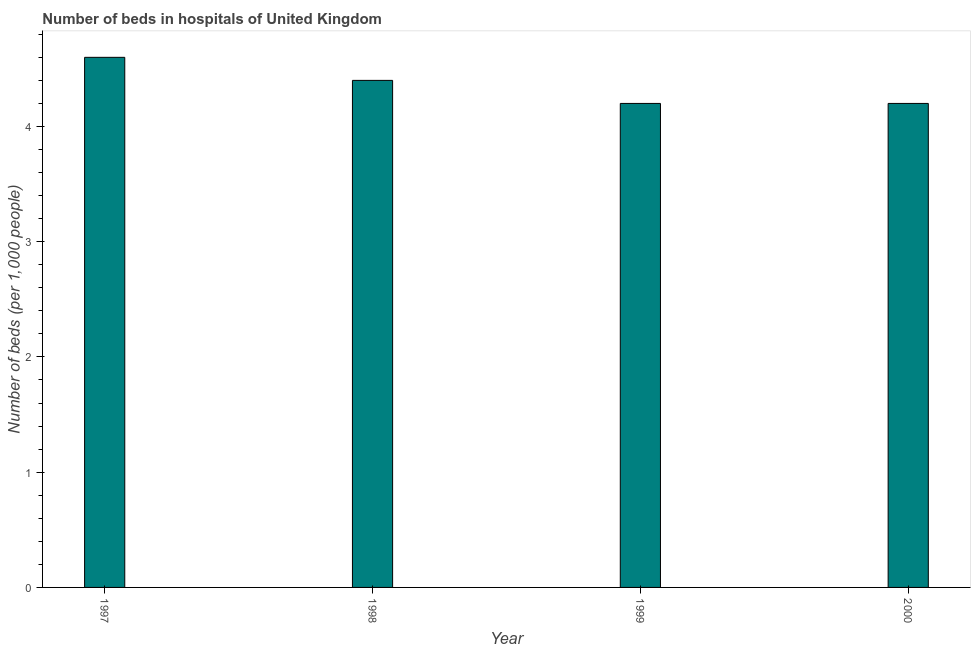
| Year | Hospital beds |
 | --- | --- |
 | 1997 | 4.6 |
 | 1998 | 4.4 |
 | 1999 | 4.2 |
 | 2000 | 4.2 |